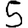
Digit: 5